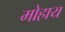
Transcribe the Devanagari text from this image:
मोहाय